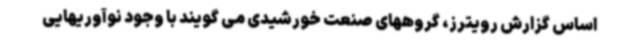
اساس گزارش رویترز، گروههای صنعت خورشیدی می گویند با وجود نوآوریهایی